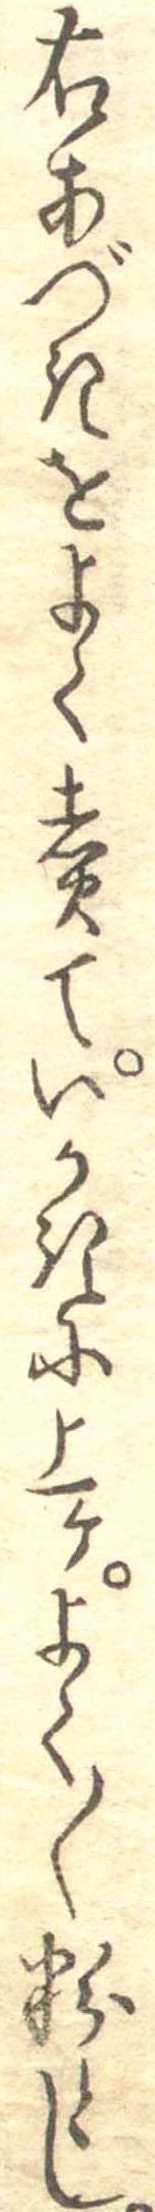
右あづきをよく煮ていかきに上けよく〱粉とし